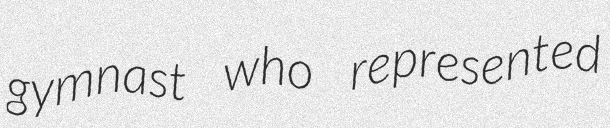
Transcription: gymnast who represented